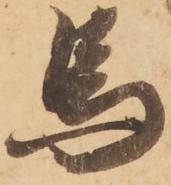
馬